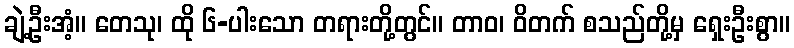
ချဲ့ဦးအံ့။ တေသု၊ ထို ၆-ပါးသော တရားတို့တွင်။ တာဝ၊ ဝိတက် စသည်တို့မှ ရှေးဦးစွာ။